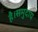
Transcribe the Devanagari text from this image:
है।समुदाय